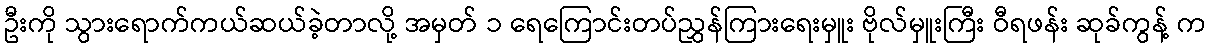
ဦးကို သွားရောက်ကယ်ဆယ်ခဲ့တာလို့ အမှတ် ၁ ရေကြောင်းတပ်ညွှန်ကြားရေးမှူး ဗိုလ်မှူးကြီး ဝီရဖန်း ဆုခ်ကွန့် က